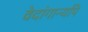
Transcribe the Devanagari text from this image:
वेदांगान्यपि